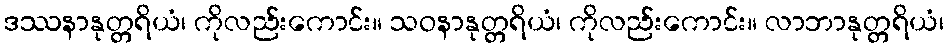
ဒဿနာနုတ္တရိယံ၊ ကိုလည်းကောင်း။ သဝနာနုတ္တရိယံ၊ ကိုလည်းကောင်း။ လာဘာနုတ္တရိယံ၊